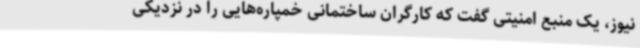
نیوز، یک منبع امنیتی گفت که کارگران ساختمانی خمپاره‌هایی را در نزدیکی